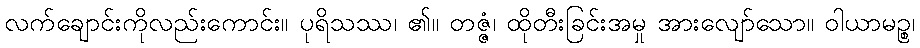
လက်ချောင်းကိုလည်းကောင်း။ ပုရိသဿ၊ ၏။ တဇ္ဇံ၊ ထိုတီးခြင်းအမှု အားလျော်သော။ ဝါယာမဉ္စ၊